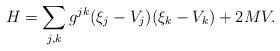
LaTeX: \begin{align*}H=\sum_{j,k} g^{jk}(\xi_j-V_j)(\xi_k-V_k)+2MV.\end{align*}